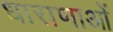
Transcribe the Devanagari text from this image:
धाराणाआें